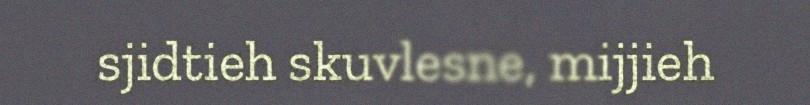
sjidtieh skuvlesne, mijjieh